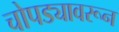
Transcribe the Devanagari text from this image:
चोपड्यावरून